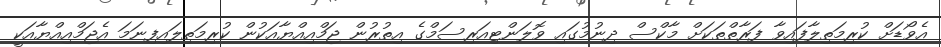
އެވޯޑަށް ކުރިމަތިލާފައިވާ ފަރާތްތަކަށް މާކްސް ދިނުމުގައި ވޮލަންޓިއަރިސަމްގެ އިތުރުން ޖަމްއިއްޔާއަކުން ކުރިމަތިލައިފިނަމަ އެޖަމްއިއްޔާއަކީ